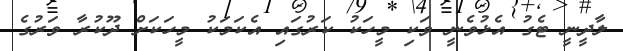
ލާދީނީ ޓެގު އެޅުވެނީ ވަކި މީހަކު ކަރުގައި އެކަމަކު މީހަކަށް ދޫކުރާ ވަރުގެ